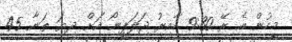
މީހުން އެ ރޭ 9:30 ހާއިރު ޖަލަޕީނޯ އަށް ދިޔަ ތަނާ 45